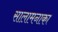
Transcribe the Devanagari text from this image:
सालामनाका